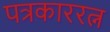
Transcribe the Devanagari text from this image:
पत्रकाररत्न